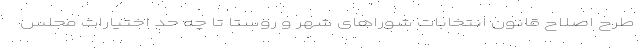
طرح اصلاح‌ قانون انتخابات شوراهای شهر و روستا تا چه حد اختیارات مجلس